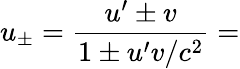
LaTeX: u_{\pm}={\frac{u^{\prime}\pm v}{1\pm u^{\prime}v/c^{2}}}=